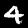
Digit: 4